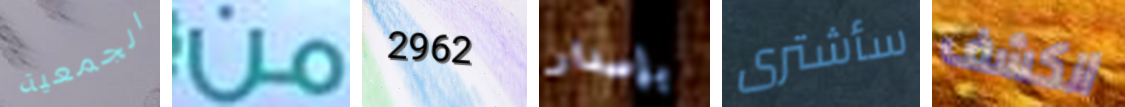
الجمعية من 2962 بإصدار سأشترى انكشف